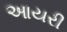
આયરી